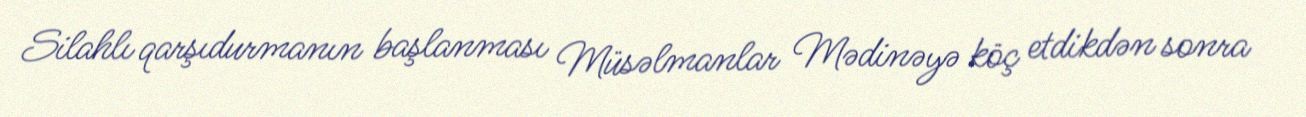
Silahlı qarşıdurmanın başlanması Müsəlmanlar Mədinəyə köç etdikdən sonra